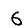
Digit: 6